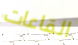
القاعات